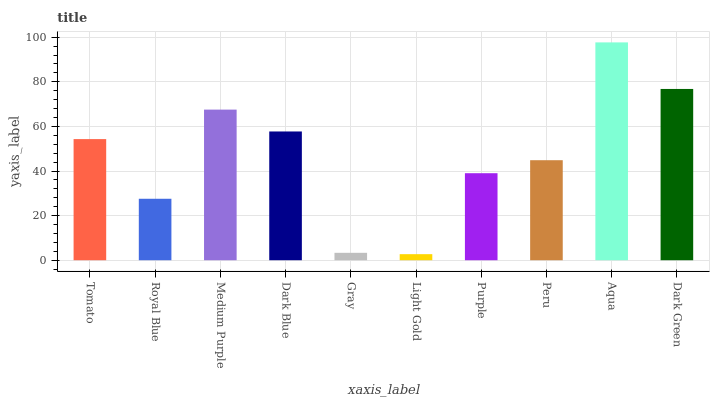
| xaxis_label | bars |
 | --- | --- |
 | Tomato | 54.3 |
 | Royal Blue | 27.6 |
 | Medium Purple | 67.5 |
 | Dark Blue | 57.7 |
 | Gray | 3.32 |
 | Light Gold | 2.72 |
 | Purple | 39 |
 | Peru | 44.9 |
 | Aqua | 97.7 |
 | Dark Green | 76.8 |